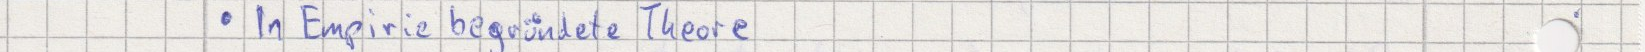
In Empirie begründete Theore